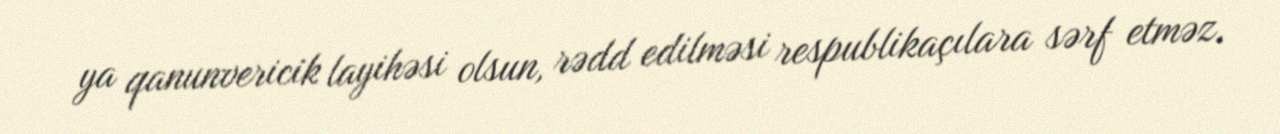
ya qanunvericik layihəsi olsun, rədd edilməsi respublikaçılara sərf etməz.